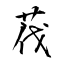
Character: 茷